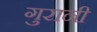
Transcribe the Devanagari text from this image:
गुरानी